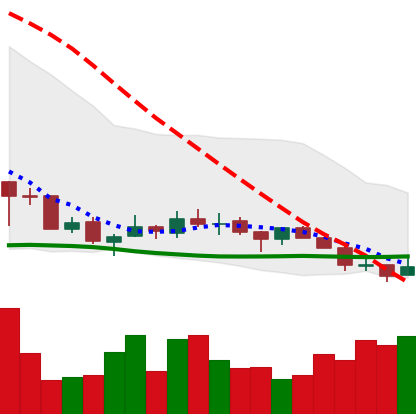
Ticker: TRX-USD
Chart end date: 2018-07-13
Forward return: 18.959%
Label: up_7plus